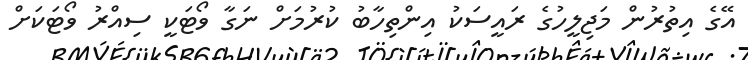
އޭގެ އިތުރުން މަޖިލީހުގެ ރައީސަކު އިންތިހާބު ކުރުމަށް ނަގާ ވޯޓަކީ ސިއްރު ވޯޓަކަށް